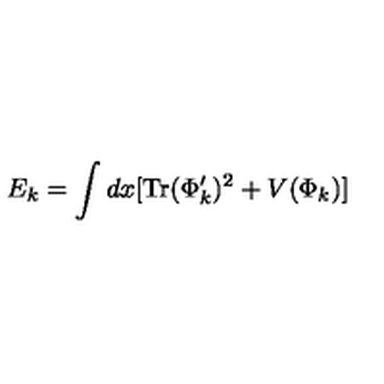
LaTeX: E _ { k } = \int d x [ \mathrm { T r } ( \Phi _ { k } ^ { \prime } ) ^ { 2 } + V ( \Phi _ { k } ) ]